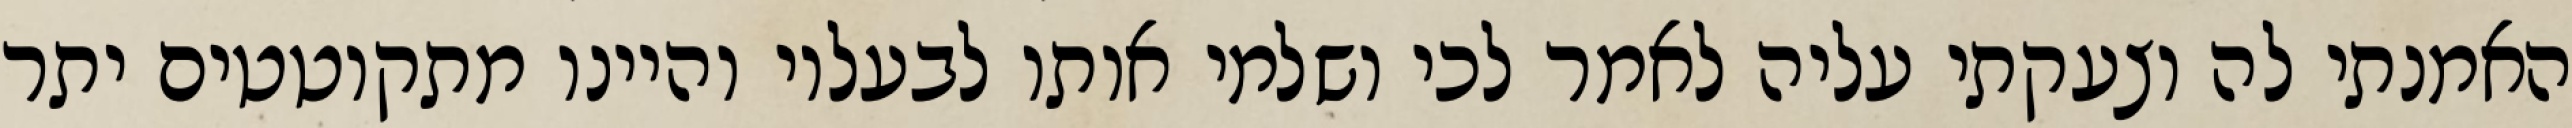
האמנתי לה וצעקתי עליה לאמר לכי ושלמי אותו לבעליו והיינו מתקוטטים יתר